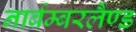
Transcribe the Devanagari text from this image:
नार्बम्बरलैण्ड